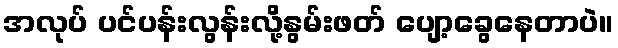
အလုပ် ပင်ပန်းလွန်းလို့နွမ်းဖတ် ပျော့ခွေနေတာပဲ။